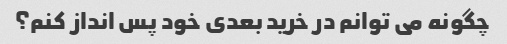
چگونه می توانم در خرید بعدی خود پس انداز کنم؟